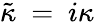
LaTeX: \tilde{\kappa}~=~i\kappa